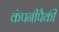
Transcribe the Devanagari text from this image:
कंपनीपैकी